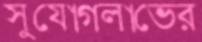
সুযোগলাভের